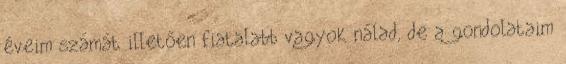
éveim számát illetően fiatalabb vagyok nálad, de a gondolataim